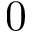
0